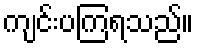
ကျင်းပကြရသည်။